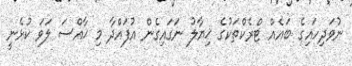
ނުވަދިހައިގެ ބައެއް ޓްރެކްތަކުގެ ޚިޔާލު ނަގައިގެން އުފައްދާ މި ޚާއްސަ ލަވަ ކުޅެނީ